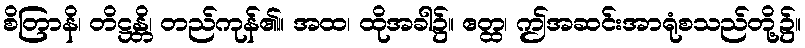
စိတြာနိ၊ တိဋ္ဌန္တိ၊ တည်ကုန်၏။ အထ၊ ထိုအခါ၌။ ဧတ္ထ၊ ဤအဆင်းအာရုံစသည်တို့၌။